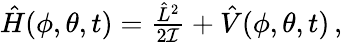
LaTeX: \begin{array}{r}{\hat{H}(\phi,\theta,t)=\frac{\hat{L}^{2}}{2\mathcal{I}}+\hat{V}(\phi,\theta,t)\, ,}\end{array}